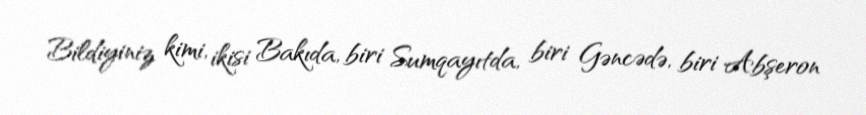
Bildiyiniz kimi, ikisi Bakıda, biri Sumqayıtda, biri Gəncədə, biri Abşeron